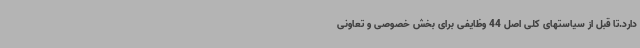
دارد.تا قبل از سیاستهای کلی اصل 44 وظایفی برای بخش خصوصی و تعاونی